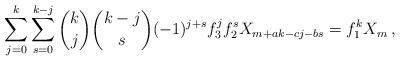
LaTeX: \begin{align*}\sum_{j = 0}^k {\sum_{s = 0}^{k - j} {\binom kj\binom {k-j}s( - 1)^{j + s} f_3 ^j f_2 ^s X_{m + ak - cj - bs} } } = f_1 ^k X_m \,,\end{align*}